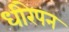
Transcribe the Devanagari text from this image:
धीरेपन